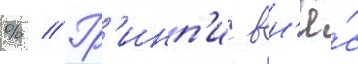
% // Гр'инп'ис вн'ё́с